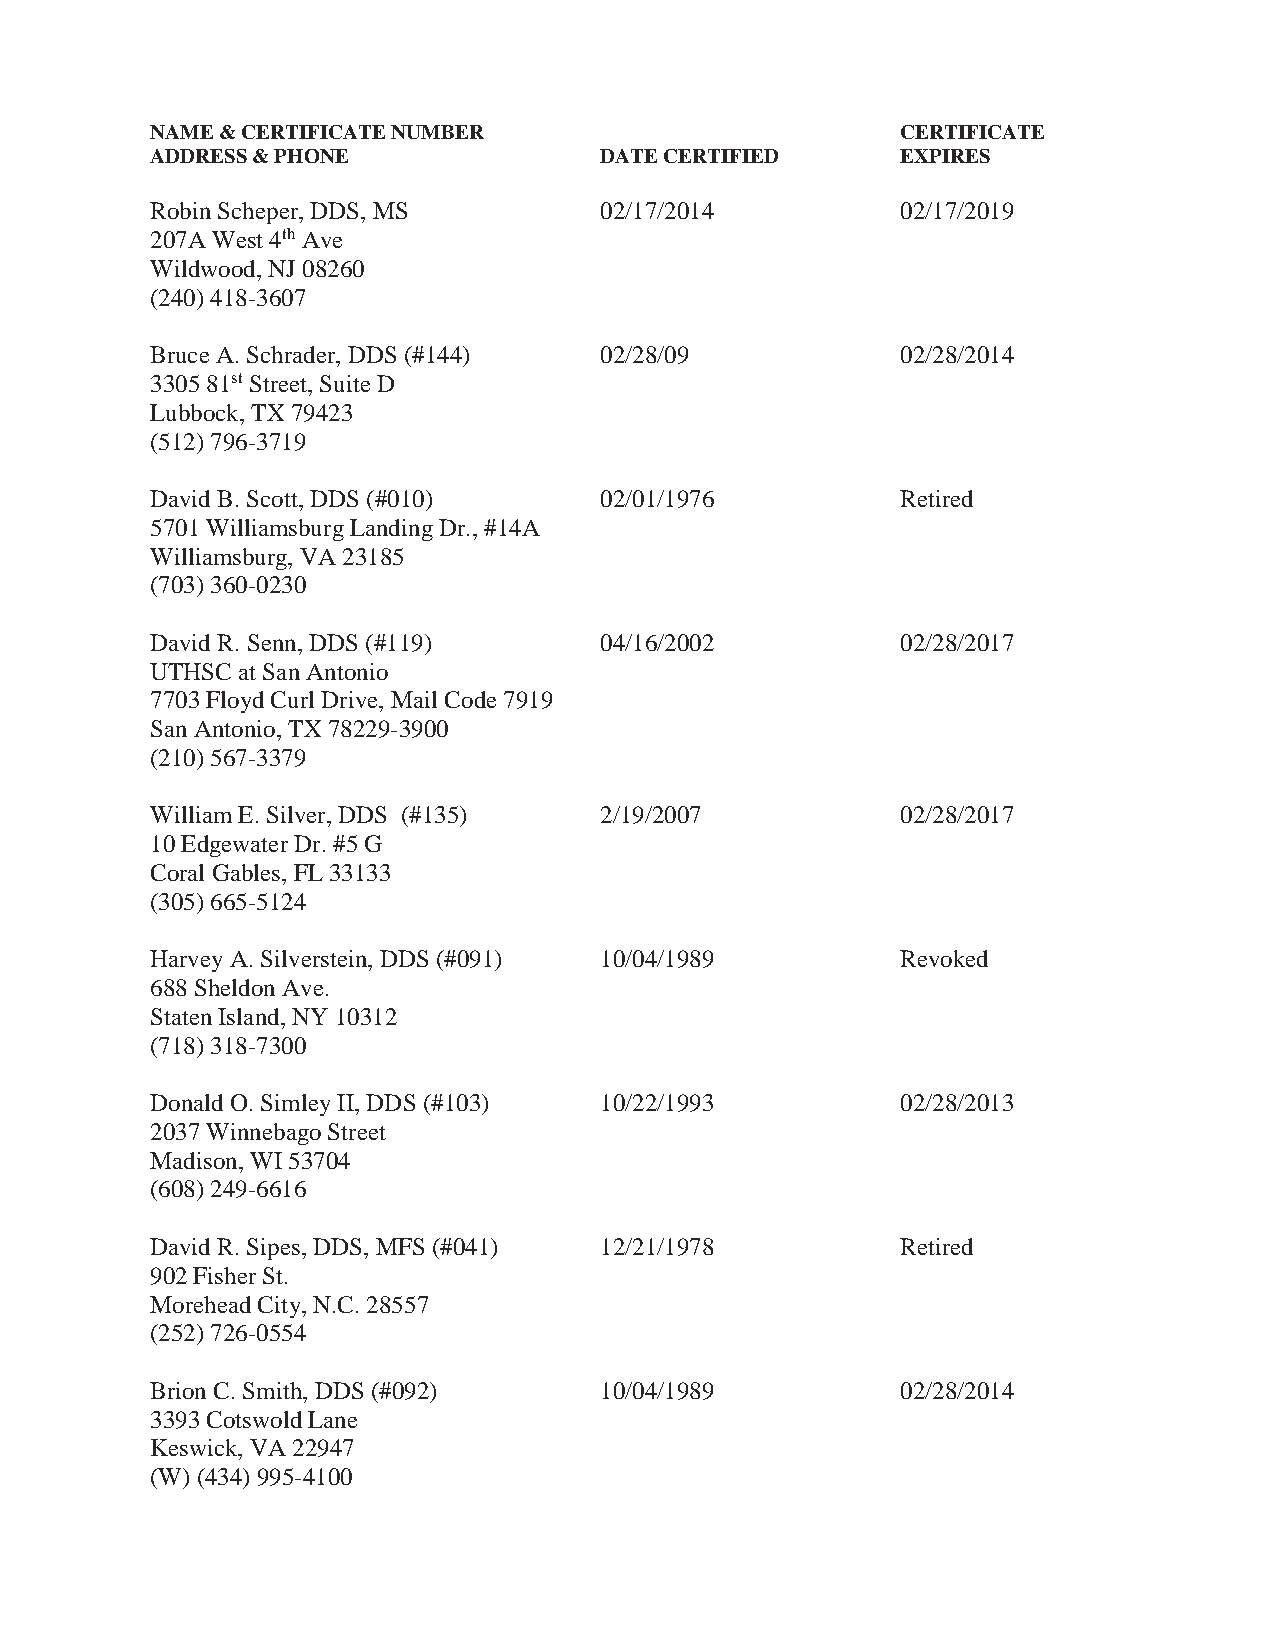
NAME & CERTIFICATE NUMBER                         CERTIFICATE
 ADDRESS & PHONE               DATE CERTIFIED      EXPIRES
 Robin Scheper, DDS, MS        02/17/2014          02/17/2019
 207A West 4th Ave
 Wildwood, NJ 08260
 (240) 418-3607
 Bruce A. Schrader, DDS (#144) 02/28/09            02/28/2014
 3305 81st Street, Suite D
 Lubbock, TX 79423
 (512) 796-3719
 David B. Scott, DDS (#010)    02/01/1976          Retired
 5701 Williamsburg Landing Dr., #14A
 Williamsburg, VA 23185
 (703) 360-0230
 David R. Senn, DDS (#119)     04/16/2002          02/28/2017
 UTHSC at San Antonio
 7703 Floyd Curl Drive, Mail Code 7919
 San Antonio, TX 78229-3900
 (210) 567-3379
 William E. Silver, DDS (#135) 2/19/2007           02/28/2017
 10 Edgewater Dr. #5 G
 Coral Gables, FL 33133
 (305) 665-5124
 Harvey A. Silverstein, DDS (#091) 10/04/1989      Revoked
 688 Sheldon Ave.
 Staten Island, NY 10312
 (718) 318-7300
 Donald O. Simley II, DDS (#103) 10/22/1993        02/28/2013
 2037 Winnebago Street
 Madison, WI 53704
 (608) 249-6616
 David R. Sipes, DDS, MFS (#041) 12/21/1978        Retired
 902 Fisher St.
 Morehead City, N.C. 28557
 (252) 726-0554
 Brion C. Smith, DDS (#092)    10/04/1989          02/28/2014
 3393 Cotswold Lane
 Keswick, VA 22947
 (W) (434) 995-4100